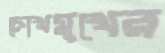
চোখমুখের